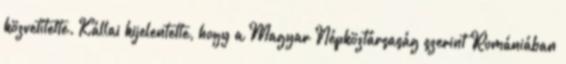
közvetítette. Kállai kijelentette, hogy a Magyar Népköztársaság szerint Romániában